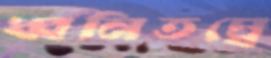
ধ্বনিতত্ত্বে